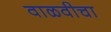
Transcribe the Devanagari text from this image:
वाळवीचा